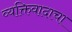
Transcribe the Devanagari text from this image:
व्यक्तिवादाचा